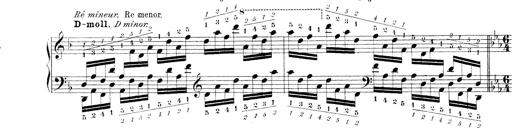
Title: Technische Studien
Composer: Franz Liszt